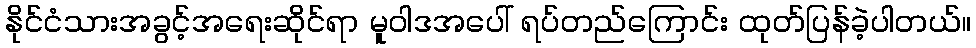
နိုင်ငံသားအခွင့်အရေးဆိုင်ရာ မူဝါဒအပေါ် ရပ်တည်ကြောင်း ထုတ်ပြန်ခဲ့ပါတယ်။